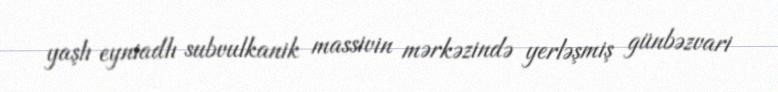
yaşlı eyniadlı subvulkanik massivin mərkəzində yerləşmiş günbəzvari